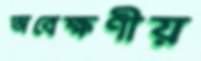
অবেক্ষণীয়